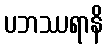
ပဘဿရာနိ